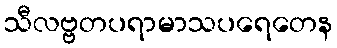
သီလဗ္ဗတပရာမာသပရေတေန